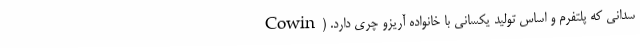
سدانی که پلتفرم و اساس تولید یکسانی با خانواده آریزو چری دارد. (Cowin